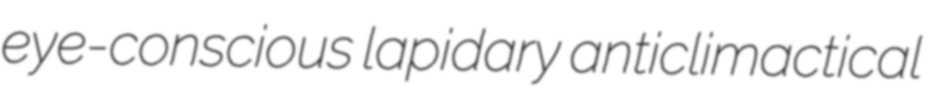
eye-conscious lapidary anticlimactical